Mental hospitals Bombay report 1929-33 - 1929-1933
Year: 1929
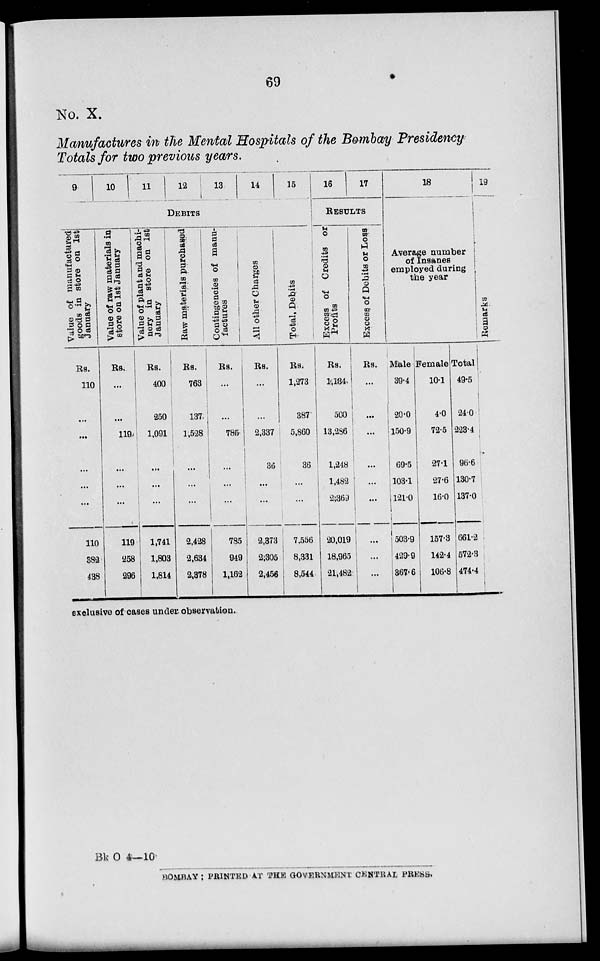
69
No. X.
Manufactures in the Mental Hospitals of the Bombay Presidency
Totals for two previous years.
9
10
11
12
13
14
15
DEBITS
Value of manufactured
goods in store on 1st
January
Rs.
110
...
...
...
...
...
110
382
438
Value of raw materials in
store on 1st January
Rs.
...
...
119
...
...
...
119
258
296
Value of plant and machi-
nery in store on 1st
January
Rs.
400
250
1,091
...
...
...
1,741
1,803
1,814
Raw materials purchased
Rs.
763
137
1,528
...
...
...
2,428
2,634
2,378
Contingencies of manu-
factures
Rs.
...
...
785
...
...
...
785
949
1,162
All other Charges
Rs.
...
...
2,337
36
...
...
2,373
2,305
2,456
Total, Debits
Rs.
1,273
387
5,860
36
...
...
7,556
8,331
8,544
16
17
RESULTS
Excess of Credits or
Profits
Rs.
1,134,
500
13,286
1,248
1,482
2,369
20,019
18,965
21,482
Excess of Debits or Loss
Rs.
...
...
...
...
...
...
...
...
...
18
Average number
of Insanes
employed during
the year
Male
39.4
20.0
150.9
69.5
103.1
121.0
503.9
429.9
367.6
Female
10.1
4.0
72.5
27.1
27.6
16.0
157.3
142.4
106.8
Total
49.5
24.0
223.4
96.6
130.7
137.0
661.2
572.3
474.4
19
Remarks
exclusive of cases under observation.